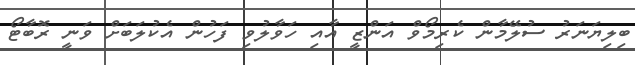
ބިލިޔަނަރު ސުލޭމާން ކެރިމޯވް އަންޒީ އާއި ހަވާލުވި ފަހުން އެކުލަބަށް ވަނީ ރޮބާޓޯ